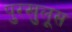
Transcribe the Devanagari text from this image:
पुरखुलूस